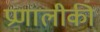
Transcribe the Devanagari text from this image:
प्रणालीकी